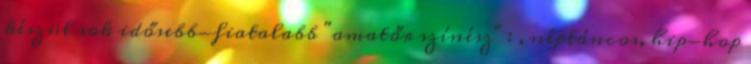
készül sok idősebb-fiatalabb "amatőr színész" : , néptáncos, hip-hop